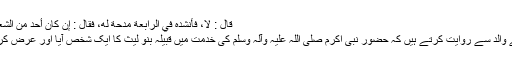
قَالَ : لَا، فَأَنْشَدَهُ فِي الرَّابِعَةِ مِدْحَةً لَهُ، فَقَالَ : إِنْ کَانَ أَحَدٌ مِنَ الشُّعَرَاءِ يُحْسِنُ، فَقَدْ أَحْسَنْتَ.
’’حضرت ابن عباد اپنے والد سے روایت کرتے ہیں کہ حضور نبی اکرم صلی اللہ علیہ وآلہ وسلم کی خدمت میں قبیلہ بنو لیث کا ایک شخص آیا اور عرض کرنے لگا : یا رسول اللہ!